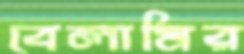
বেলামির